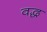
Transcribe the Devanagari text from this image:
वद्ध